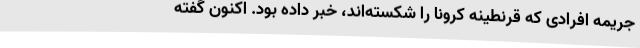
جریمه افرادی که قرنطینه کرونا را شکسته‌اند، خبر داده بود. اکنون گفته